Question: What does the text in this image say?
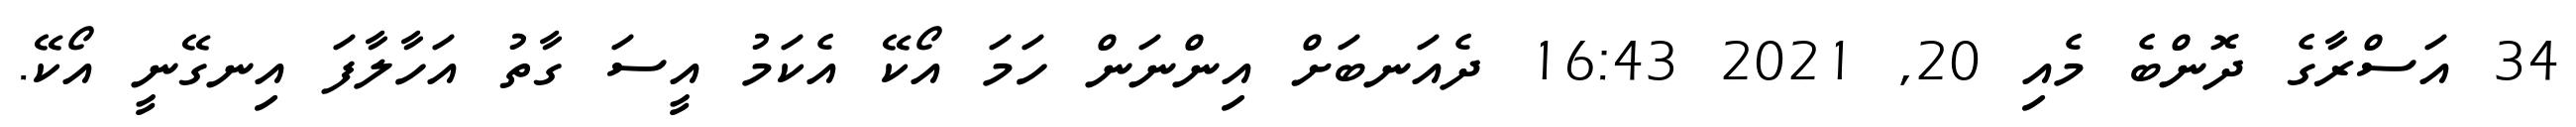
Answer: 34 އަސްރާގެ ދޮންބެ މެއި 20, 2021 16:43 ދެއަނބަށް އިންނަން ހަމަ އޯކޭ އެކަމު އީސަ ގާތު އަހާލާފަ އިނގޭނީ އޯކޭ.